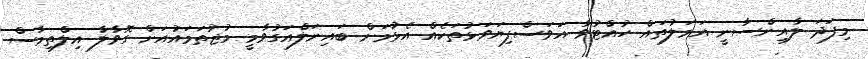
މިފަދަ ލާއިންސާނީ އަމަލުތައް ހުއްޓުވާ އަވަސްފިޔަވަޅުތަކެއް އެޅުމަށް ބައިނަލްއަގުވާމީ މުޖުތަމައުއަށް ގޮވާލާ އިލްތިމާސް